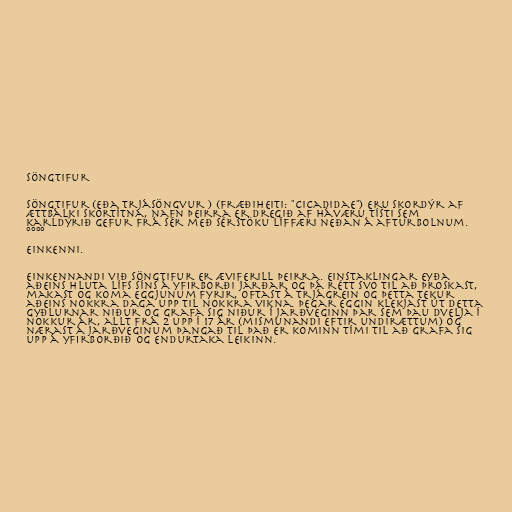
Söngtifur

Söngtifur (eða trjásöngvur ) (fræðiheiti: "Cicadidae") eru skordýr af
ættbálki skortítna, nafn þeirra er dregið af háværu tísti sem
karldýrið gefur frá sér með sérstöku líffæri neðan á afturbolnum.
°°°°

Einkenni.

Einkennandi við söngtifur er æviferill þeirra. Einstaklingar eyða
aðeins hluta lífs síns á yfirborði jarðar og þá rétt svo til að þroskast,
makast og koma eggjunum fyrir, oftast á trjágrein og þetta tekur
aðeins nokkra daga upp til nokkra vikna. Þegar eggin klekjast út detta
gyðlurnar niður og grafa sig niður í jarðveginn þar sem þau dvelja í
nokkur ár, allt frá 2 upp í 17 ár (mismunandi eftir undirættum) og
nærast á jarðveginum þangað til það er kominn tími til að grafa sig
upp á yfirborðið og endurtaka leikinn.